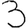
Digit: 3